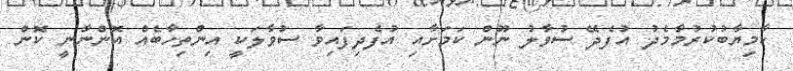
ކާމިޔާބުކުރުމާމެދު އުފެދޭ ސުވާލު ނޫން ކަމަށާއި އުފެދިފައިވާ ސުވާލަކީ އިންތިހާބެއް އޮންނާނީ ކޮން